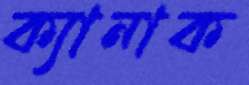
ক্যানাক